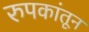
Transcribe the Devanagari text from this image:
रुपकांतून